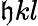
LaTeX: \mathfrak{h}kl